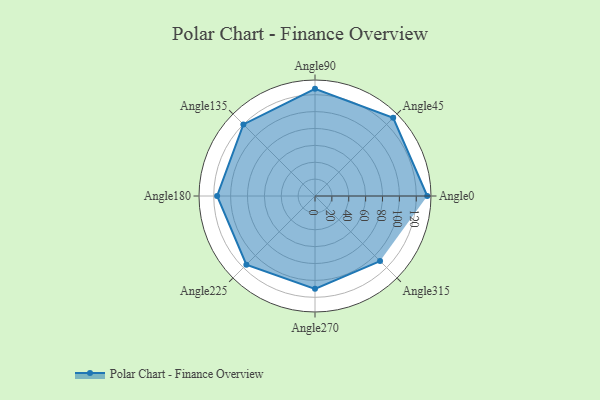
{"axis": {"x": "Angle", "y": "Radius"}, "legend": [""], "data": [{"x": "Angle0", "y": 133.0, "type": ""}, {"x": "Angle45", "y": 131.0, "type": ""}, {"x": "Angle90", "y": 127.0, "type": ""}, {"x": "Angle135", "y": 120.0, "type": ""}, {"x": "Angle180", "y": 116.0, "type": ""}, {"x": "Angle225", "y": 115.0, "type": ""}, {"x": "Angle270", "y": 110.0, "type": ""}, {"x": "Angle315", "y": 109.0, "type": ""}]}